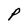
Character: P